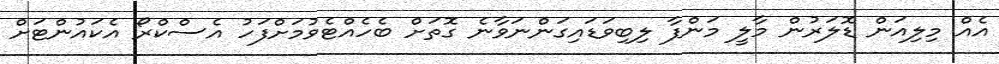
އެއް މިލިއަން ޑޮލަރުން މާލީ މަންފާ ލިބިވަޑައިގަންނަވާނެ ގޮތަށް ބެހެއްޓެވުމަށްފަހު އެސްކްރޯ އެކައުންޓަށް